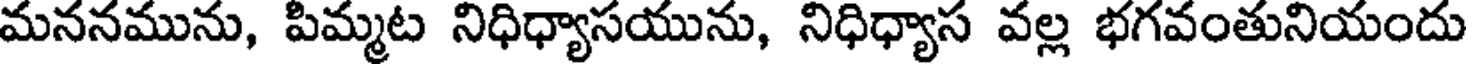
మననమును, పిమ్మట నిధిధ్యాసయును, నిధిధ్యాస వల్ల భగవంతునియందు